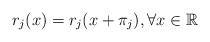
\begin{align*}r_j (x)=r_j (x+\pi_j), \forall x \in \mathbb{R}\end{align*}